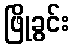
ဖြိုခွင်း